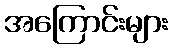
အကြောင်းများ